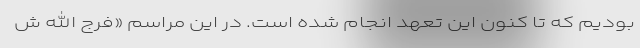
بودیم که تا کنون این تعهد انجام شده است. در این مراسم «فرج الله ش